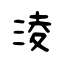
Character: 淩